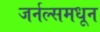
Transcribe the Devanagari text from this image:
जर्नल्समधून